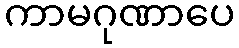
ကာမဂုဏာပေ